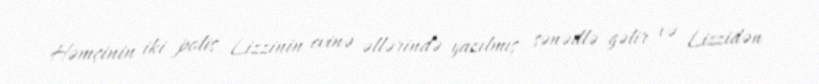
Həmçinin iki polis Lizzinin evinə əllərində yazılmış sənədlə gəlir və Lizzidən